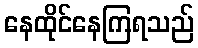
နေထိုင်နေကြရသည်